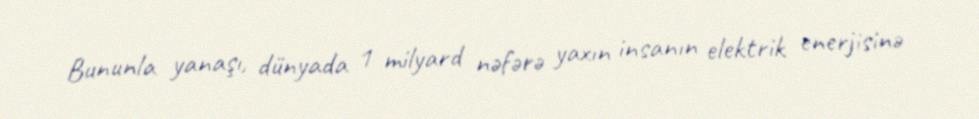
Bununla yanaşı, dünyada 1 milyard nəfərə yaxın insanın elektrik enerjisinə